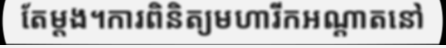
តែម្តង។ការពិនិត្យមហារីកអណ្តាតនៅ